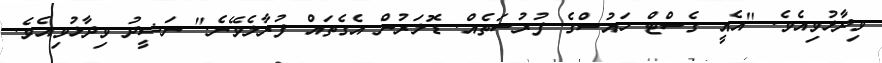
ވިދާޅުވިއެވެ. "އެއީ ގެސްޓް ހައުސްގެ ފުރުސަތެއް. ޑޮލަރުން އެގެތައް ފުރާލެވޭނެ." ނަޝީދު ވިދާޅުވިއެވެ.